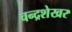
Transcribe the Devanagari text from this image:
चन्‍द्रशेखर